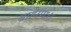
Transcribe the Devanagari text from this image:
ब्राह्मणः।।